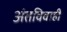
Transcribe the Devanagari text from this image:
अंतविवाही